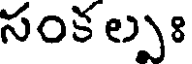
సంక ల్పః